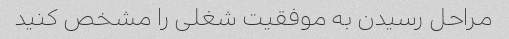
مراحل رسیدن به موفقیت شغلی را مشخص کنید